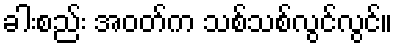
ခါးစည်း အဝတ်က သစ်သစ်လွင်လွင်။